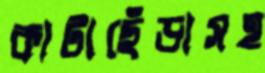
কাটাছেঁড়াসহ